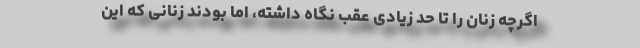
اگرچه زنان را تا حد زیادی عقب نگاه داشته، اما بودند زنانی که این